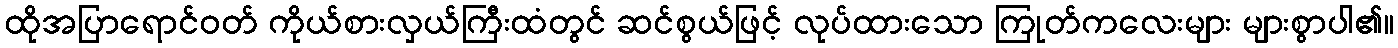
ထိုအပြာရောင်ဝတ် ကိုယ်စားလှယ်ကြီးထံတွင် ဆင်စွယ်ဖြင့် လုပ်ထားသော ကြုတ်ကလေးများ များစွာပါ၏။